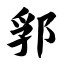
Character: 郛